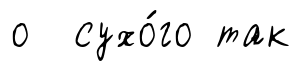
о сухо́го так